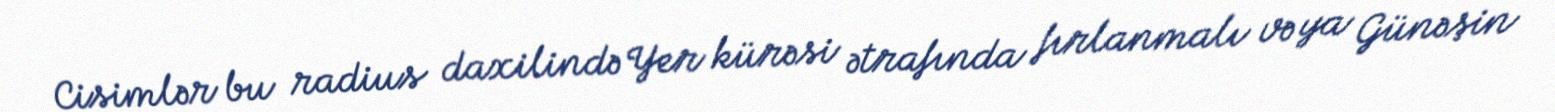
Cisimlər bu radius daxilində Yer kürəsi ətrafında fırlanmalı və ya Günəşin